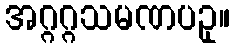
အဂ္ဂဂ္ဂသမဏပဥှ။